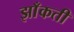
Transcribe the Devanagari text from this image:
झाँकती